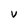
Character: v